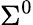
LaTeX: \Sigma^{0}